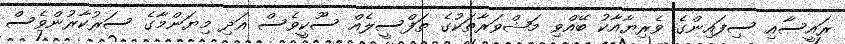
ރައީސާއި ސިފައިންގެ ވެރިޔާއާކު ބޭއްވި މަޝްވަރާތަކުގެ ތަފްސީލެއް ސޫކީވެސް އަދި މިޔަންމާގެ ސަރުކާރުންވެސް